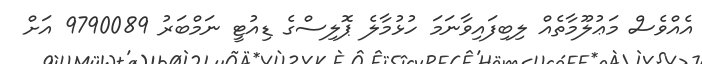
އެއްވެސް މަޢުލޫމާތެއް ލިބިފައިވާނަމަ ހުޅުމާލެ ޕޮލިސްގެ ޑިއުޓީ ނަމްބަރު 9790089 އަށް